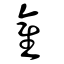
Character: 雚